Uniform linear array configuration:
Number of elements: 48
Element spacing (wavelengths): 0.25
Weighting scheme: cosine
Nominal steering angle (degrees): -45
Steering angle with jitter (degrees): -45.35
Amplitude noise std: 0.05
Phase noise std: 0.05

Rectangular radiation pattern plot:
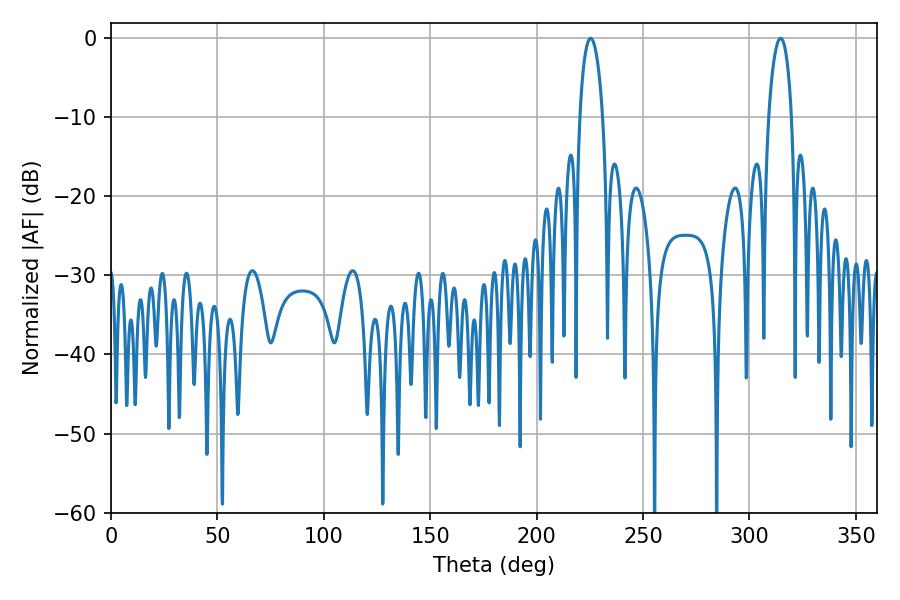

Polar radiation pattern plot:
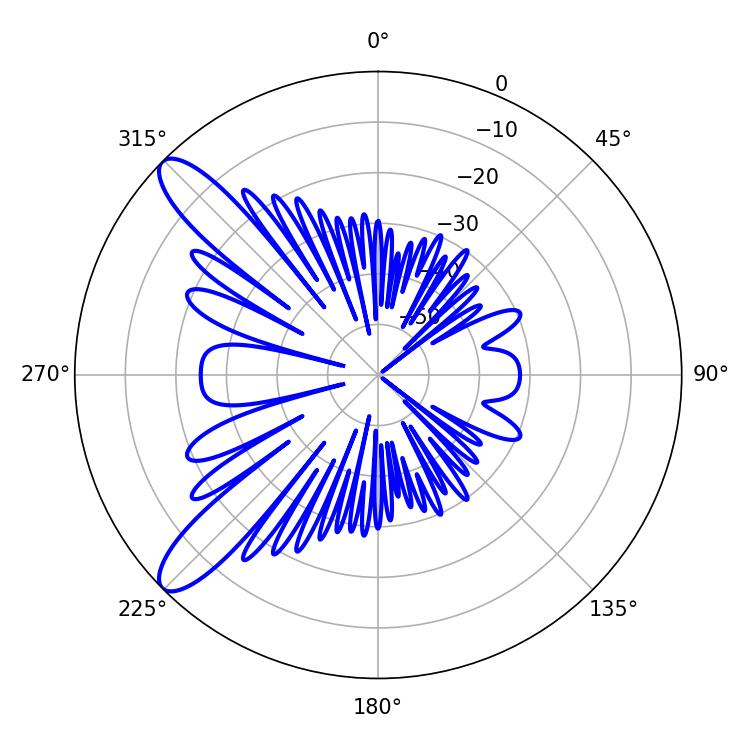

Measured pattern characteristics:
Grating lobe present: FALSE
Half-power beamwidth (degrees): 6.12
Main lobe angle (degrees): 225.36